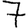
Digit: 7